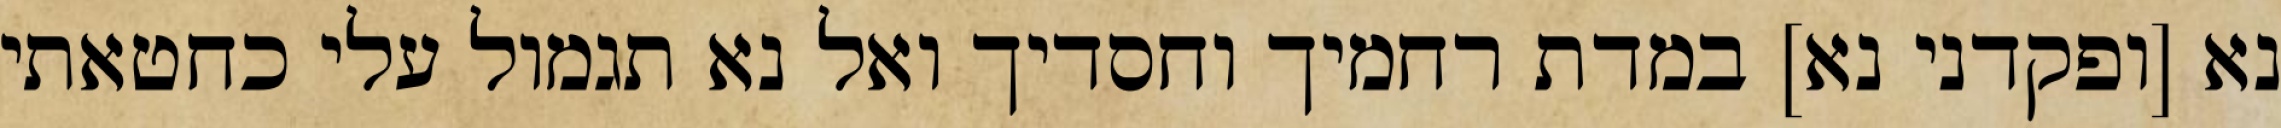
נא [ופקדני נא] במדת רחמיך וחסדיך ואל נא תגמול עלי כחטאתי